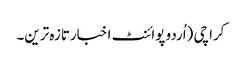
کراچی (اُردو پوائنٹ اخبارتازہ ترین۔